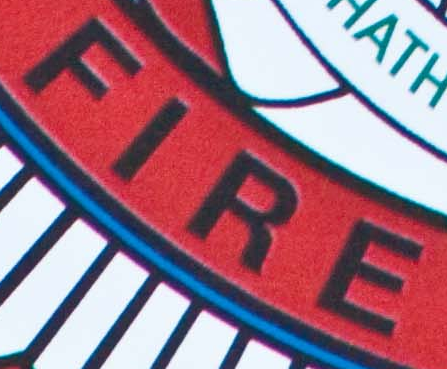
FIRE